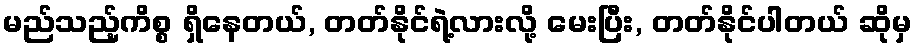
မည်သည့်ကိစ္စ ရှိနေတယ်, တတ်နိုင်ရဲ့လားလို့ မေးပြီး, တတ်နိုင်ပါတယ် ဆိုမှ